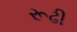
રૂઢી